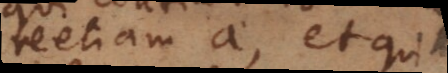
etiam a, et qui